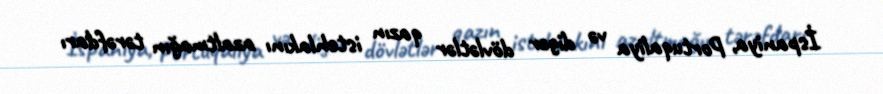
İspaniya, Portuqaliya və digər dövlətlər qazın istehlakını azaltmağın tərəfdarı